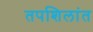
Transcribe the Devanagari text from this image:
तपशिलांत